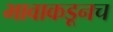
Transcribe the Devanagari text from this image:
भावाकडूनच